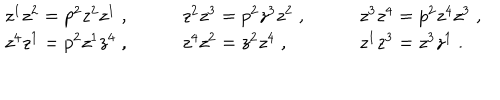
\begin{array} { l l l } { { z ^ { 1 } z ^ { 2 } = p ^ { 2 } z ^ { 2 } z ^ { 1 } \; , \qquad } } & { { z ^ { 2 } z ^ { 3 } = p ^ { 2 } z ^ { 3 } z ^ { 2 } \; , \qquad } } & { { z ^ { 3 } z ^ { 4 } = p ^ { 2 } z ^ { 4 } z ^ { 3 } \; , } } \\ { { z ^ { 4 } z ^ { 1 } = p ^ { 2 } z ^ { 1 } z ^ { 4 } \; , \qquad } } & { { z ^ { 4 } z ^ { 2 } = z ^ { 2 } z ^ { 4 } \; , \qquad } } & { { z ^ { 1 } z ^ { 3 } = z ^ { 3 } z ^ { 1 } \; . } } \\ \end{array}